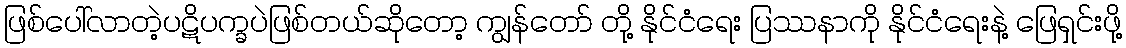
ဖြစ်ပေါ်လာတဲ့ပဋိပက္ခပဲဖြစ်တယ်ဆိုတော့ ကျွန်တော် တို့ နိုင်ငံရေး ပြဿနာကို နိုင်ငံရေးနဲ့ ဖြေရှင်းဖို့